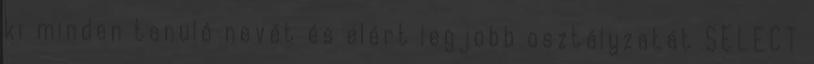
ki minden tanuló nevét és elért legjobb osztályzatát SELECT